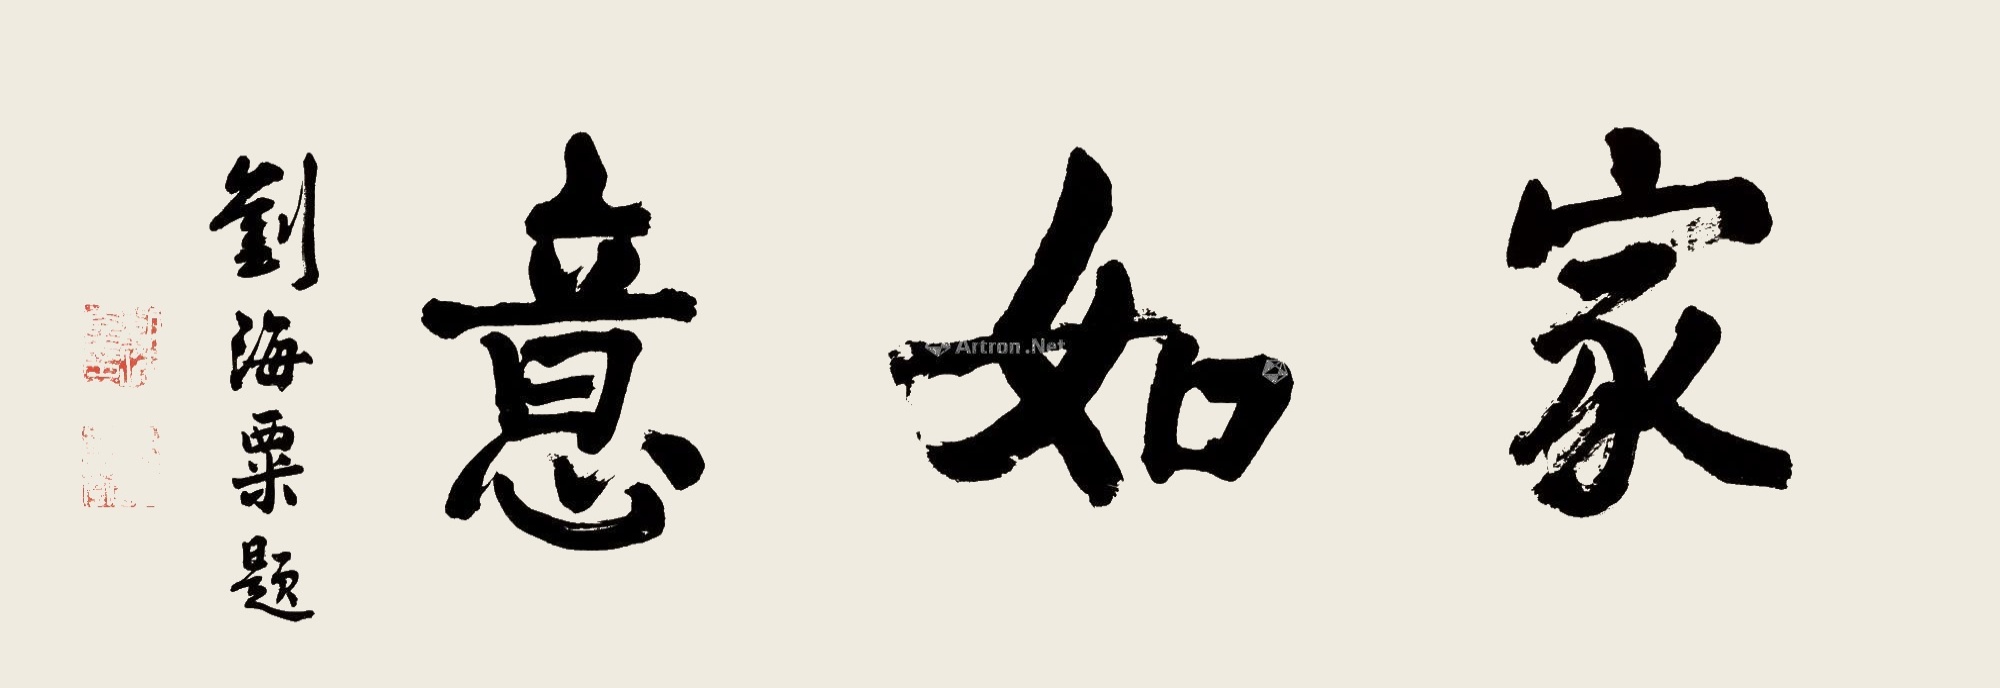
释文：家如意。刘海粟题。